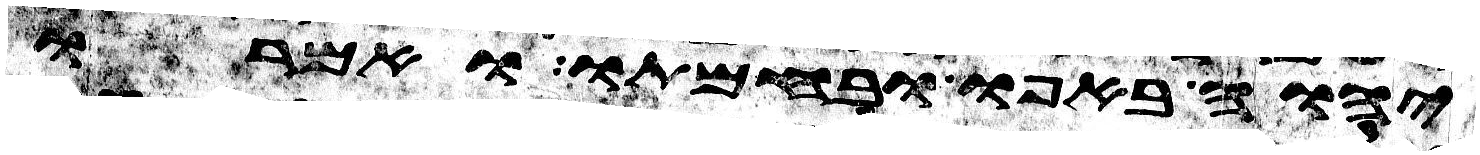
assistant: יהוה באפו ובחמתו ואמרו